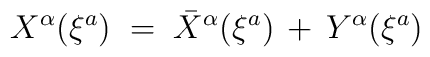
X^\alpha (\xi^a) \;=\; {\bar X}^\alpha (\xi^a) \,+\,  Y^\alpha (\xi^a)